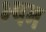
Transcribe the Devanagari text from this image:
भ्पम